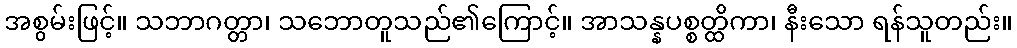
အစွမ်းဖြင့်။ သဘာဂတ္တာ၊ သဘောတူသည်၏ကြောင့်။ အာသန္နပစ္စတ္ထိကာ၊ နီးသော ရန်သူတည်း။